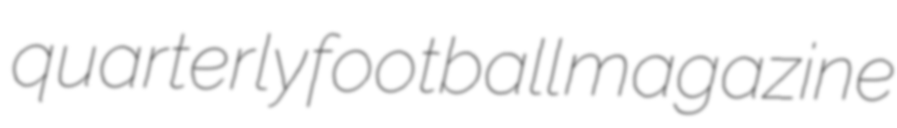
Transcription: quarterly football magazine